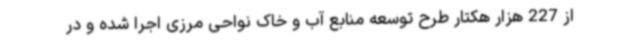
از 227 هزار هکتار طرح توسعه منابع آب و خاک نواحی مرزی اجرا شده و در